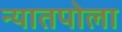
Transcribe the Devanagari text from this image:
न्यातपोला